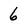
Character: 6